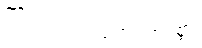
ကြည်လင်ပြတ်သားစွာ